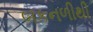
બકનળીથી